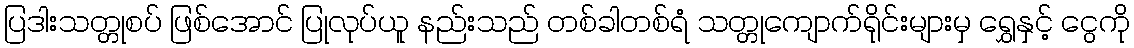
ပြဒါးသတ္တုစပ် ဖြစ်အောင် ပြုလုပ်ယူ နည်းသည် တစ်ခါတစ်ရံ သတ္တုကျောက်ရိုင်းများမှ ရွှေနှင့် ငွေကို